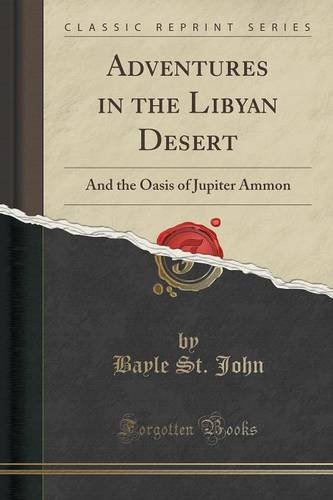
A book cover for Adventures in the Libyan Desert: And the Oasis of Jupiter Ammon (Classic Reprint); Bayle St. John; Travel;